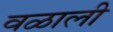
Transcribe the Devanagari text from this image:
वळाली